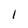
Character: I